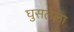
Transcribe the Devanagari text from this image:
घुसलेला